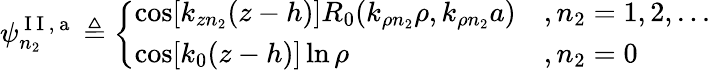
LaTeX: \psi_{n_{2}}^{\mathrm{~I~I~,~a~}}\triangleq\left\{ \begin{array}{ll}{\cos[k_{zn_{2}}(z-h)]R_{0}(k_{\rho n_{2}}\rho,k_{\rho n_{2}}a)}&{,n_{2}=1,2,...}\\ {\cos[k_{0}(z-h)]\ln\rho}&{,n_{2}=0}\end{array}\right.